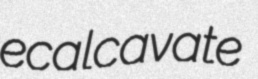
ecalcavate